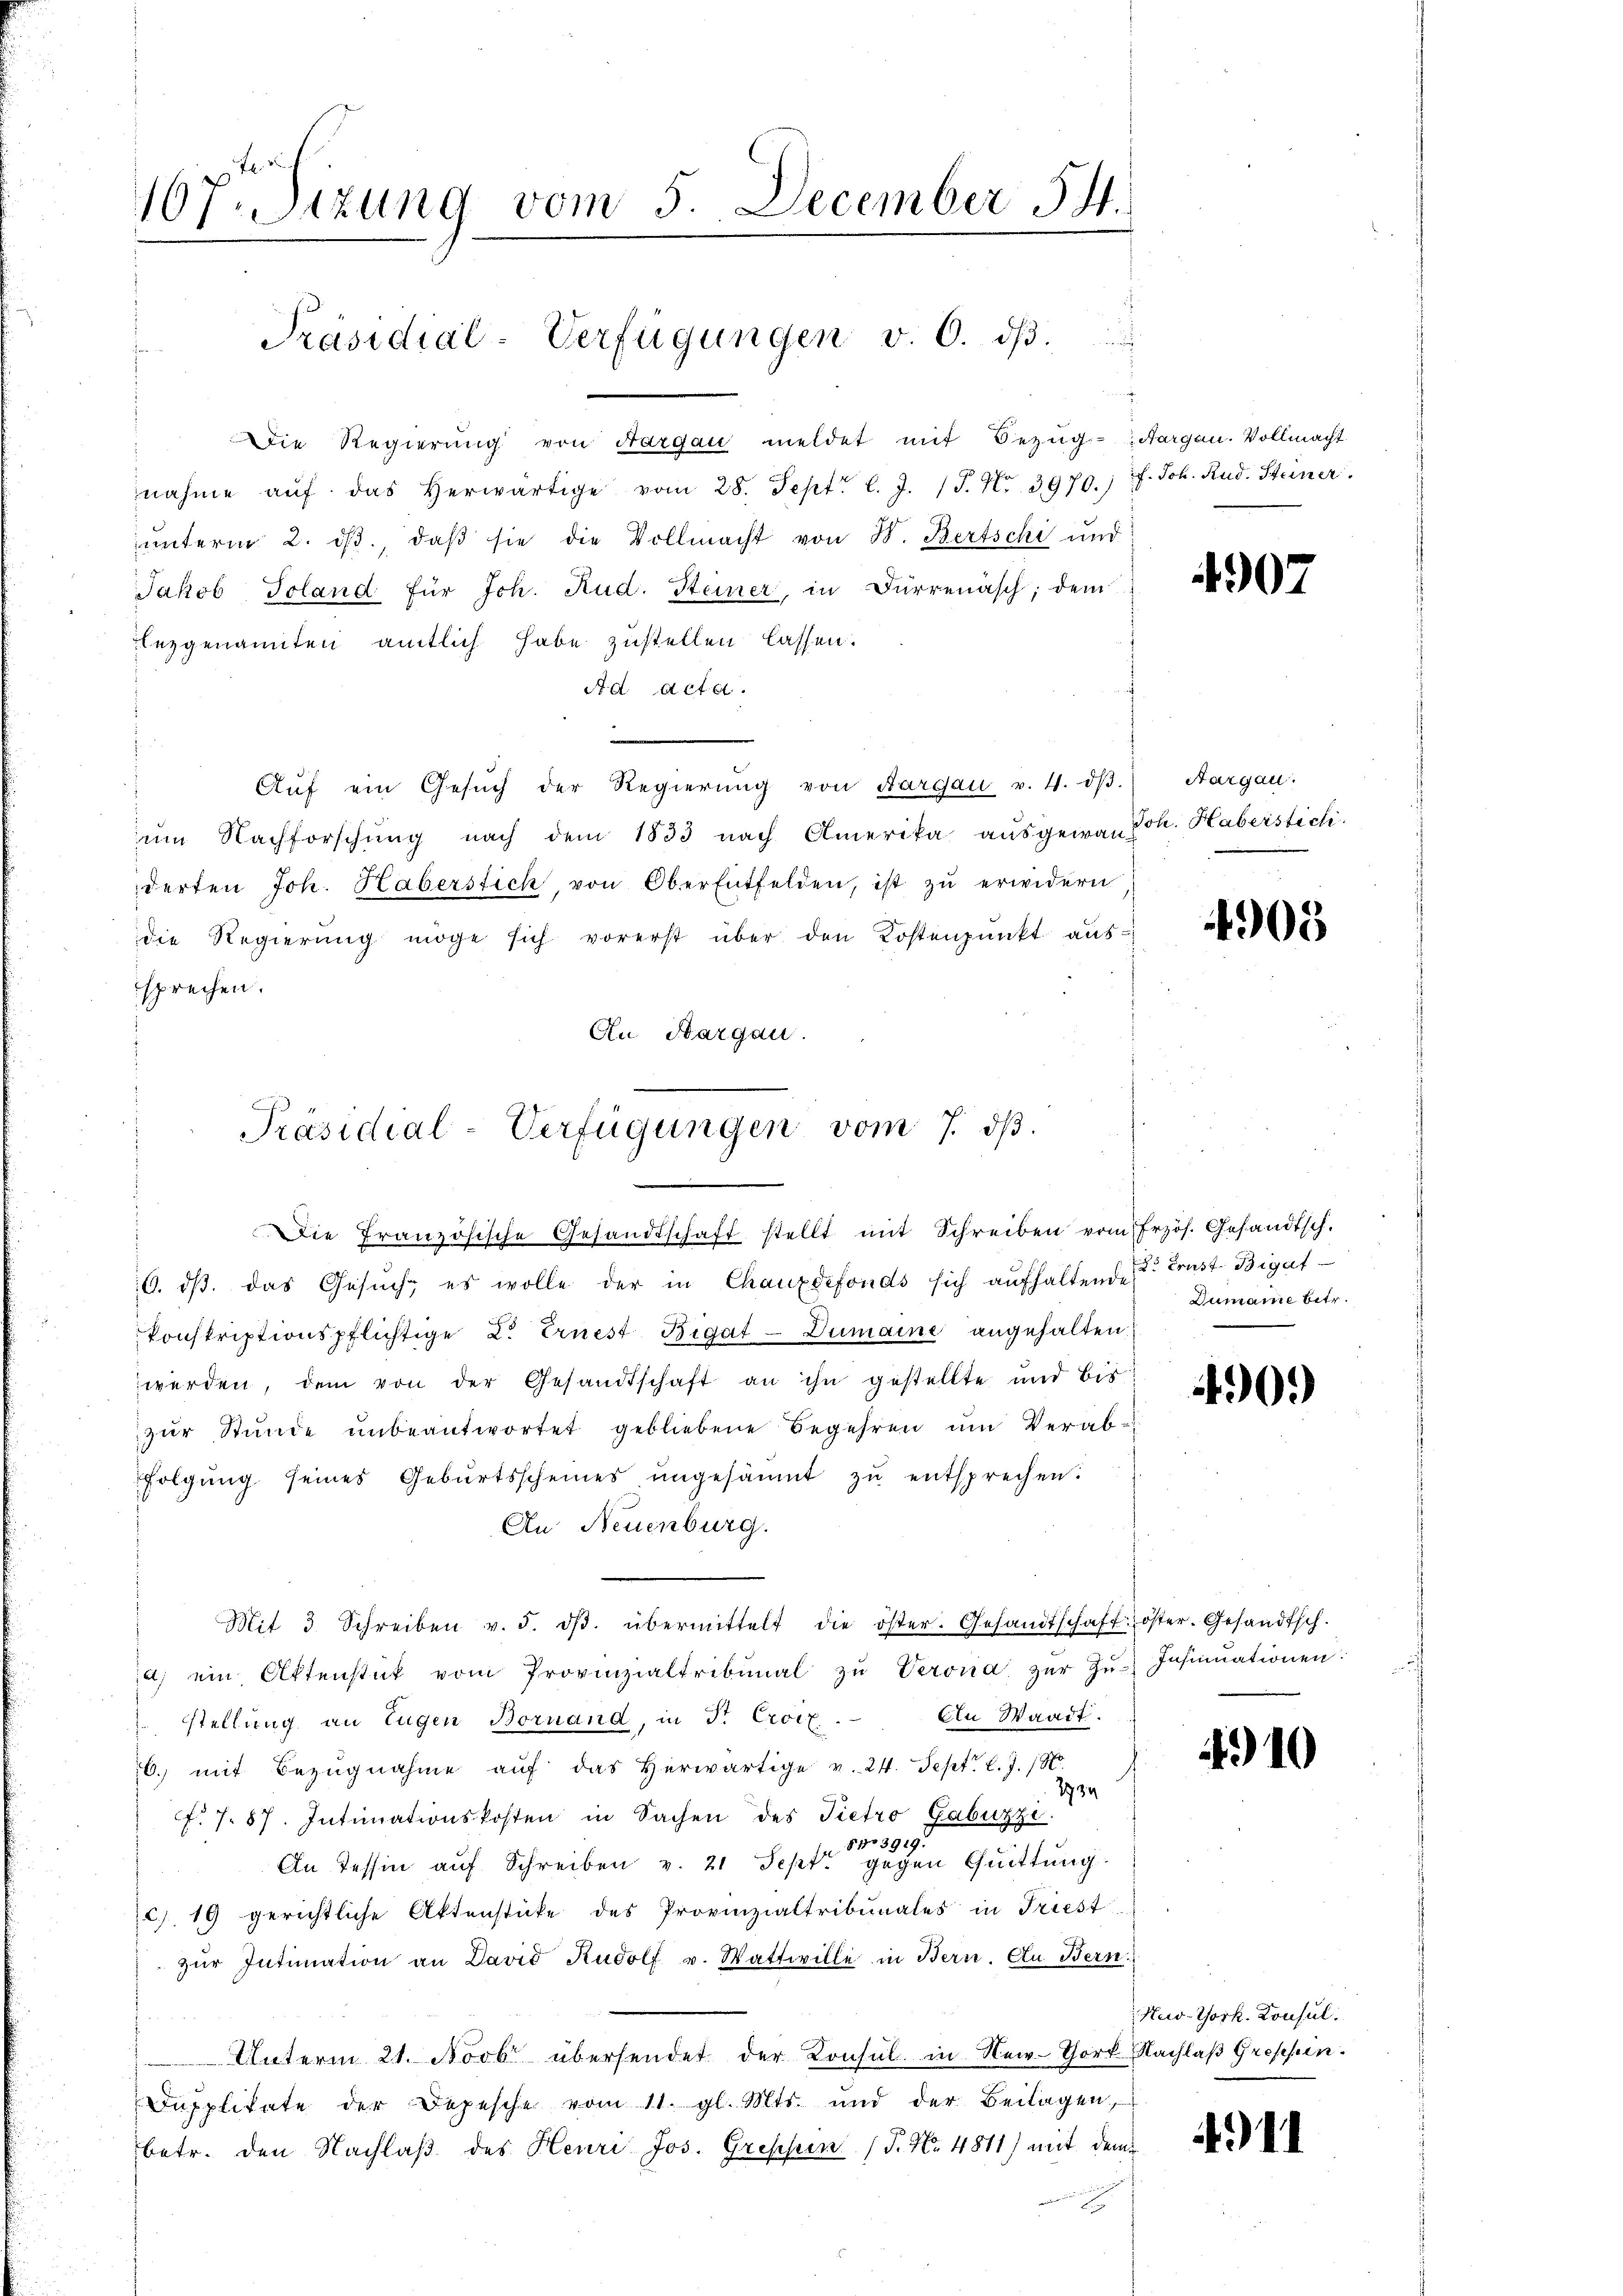
167. Sizung vom 5. December 54.
Präsidial-Verfügungen v. 6. dβ.

Die Regierung von Aargau meldet mit Bezŭg Sargau. Vollmacht
nahme aŭf das herwärtige vom 28. Sept. l. J. P. Nr. 3970. 7. Joh. Rud. Steiner.
ŭnterm 2. ds., daβ sie die Vollmacht von W. Bertschi und
Jakob Toland für Joh. Rud. Steiner, in Dürrenasch; dem
ezgenannten amtlich habe zustellen lassen.
Ad Acta.
e
Auf ein Gesŭch der Regierŭng von Aargau v. 4. dβ
um Nachforschung nach dem 1833 nach Amerika ausgewan
derten Joh. Haberstich von Oberentfelden, ist zŭ erwidern
die Regierung möge sich vorerst über den Kostenpunkt aus:
sprechen.
6. dβ das Gesŭch, es wolle der in Chauxdefonds sich aufhaltendet. Brust-Bigat
Konstriptionspflichtige L. Ernest Bigat - Dumaine angehalten
werden, dem von der Gesandtschaft an ihn gestellte und bis
zŭr Stŭnde ŭnbeantwortet gebliebene Begehren um Verabfolgŭng seines Gebŭrtsscheines ŭngesäumt zŭ entsprechen.
An Neuenburg.
Mit 3 Schreiben v. 5. dβ. übermittelt die öster. Gesandtschaft öster. Gesandtsch.
a) ein Ottenstück vom Provinzialtribunal zŭ Verona zŭr Zŭ- Insinuationen.
 stellung an Eugen Bornand, in Dr. Croix. An Waadt.
6. mit Bezŭgnahme aŭf das herwärtige v. 24. Sept. l. J. 18
1934
fr. 7. 87. Intimationskosten in Sachen des Pietro Gabuzzi.
po 3919.
An Tessin auf Schreiben v. 21 Sept. gegen Quittung
c. 19 gerichtliche Aktenstücke des Provinzialtribunales in Friest
zŭr Intimation an David Rudolf v. Wattwille in Bern. An Bern
Unterm 21. Novbr übersendet der Konsul in New-Tort
Dupplikate der Depesche vom 11. gl. Mts. und der Beilagen,
betr. den Nachlaβ des Heuri Jos. Gressen (T. No. 4811) mit den

An Aargau.
d
Präsidial-Verfügungen vom 7. dβ.
Die Französische Gesandtschaft stellt mit Schreiben vom Erzös. Gesandtsch.

4907

Aargau.
Joh. Haberstich.

Dumaine betr.

4901)

4910

f

905

New-York. Konsul.
Nachlaß Gressen.